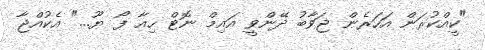
"ކީއްކުރަން އަހަރެން ޖަވާބު ދޭންވީ އައިމް ނޮޓް ހިއާ ފޯ ޔޫ..." އެކުއްޖާ